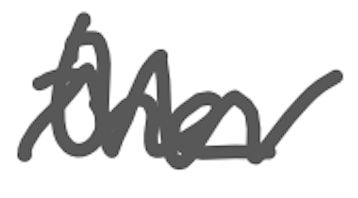
Text: the
Cross-out: zig-zag
Writing tool: digital_gray